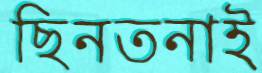
ছিনতনাই